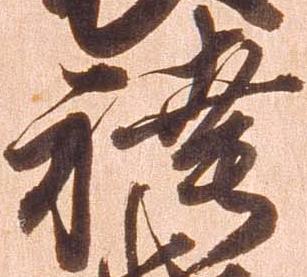
袴